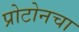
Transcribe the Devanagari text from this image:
प्रोटोनचा